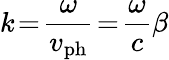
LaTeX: k\! =\! \frac{\omega}{v_{\mathrm{ph}}}\! =\! \frac{\omega}{c}\beta